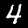
Digit: 4